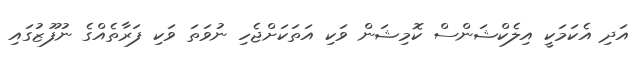
އަދި އެކަމަކީ އިލެކްޝަންސް ކޮމިޝަން ވަކި އަތަކަށްޖެހި ނުވަތަ ވަކި ފަރާތެއްގެ ނުފޫޒުގައި